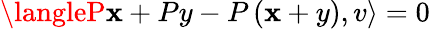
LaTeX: \langleP\mathbf{x}+Py-P\left(\mathbf{x}+y\right),v\rangle=0